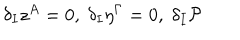
\delta _ { I } z ^ { A } = 0 , \; \delta _ { I } \eta ^ { \Gamma } = 0 , \; \delta _ { I } \mathcal { P }